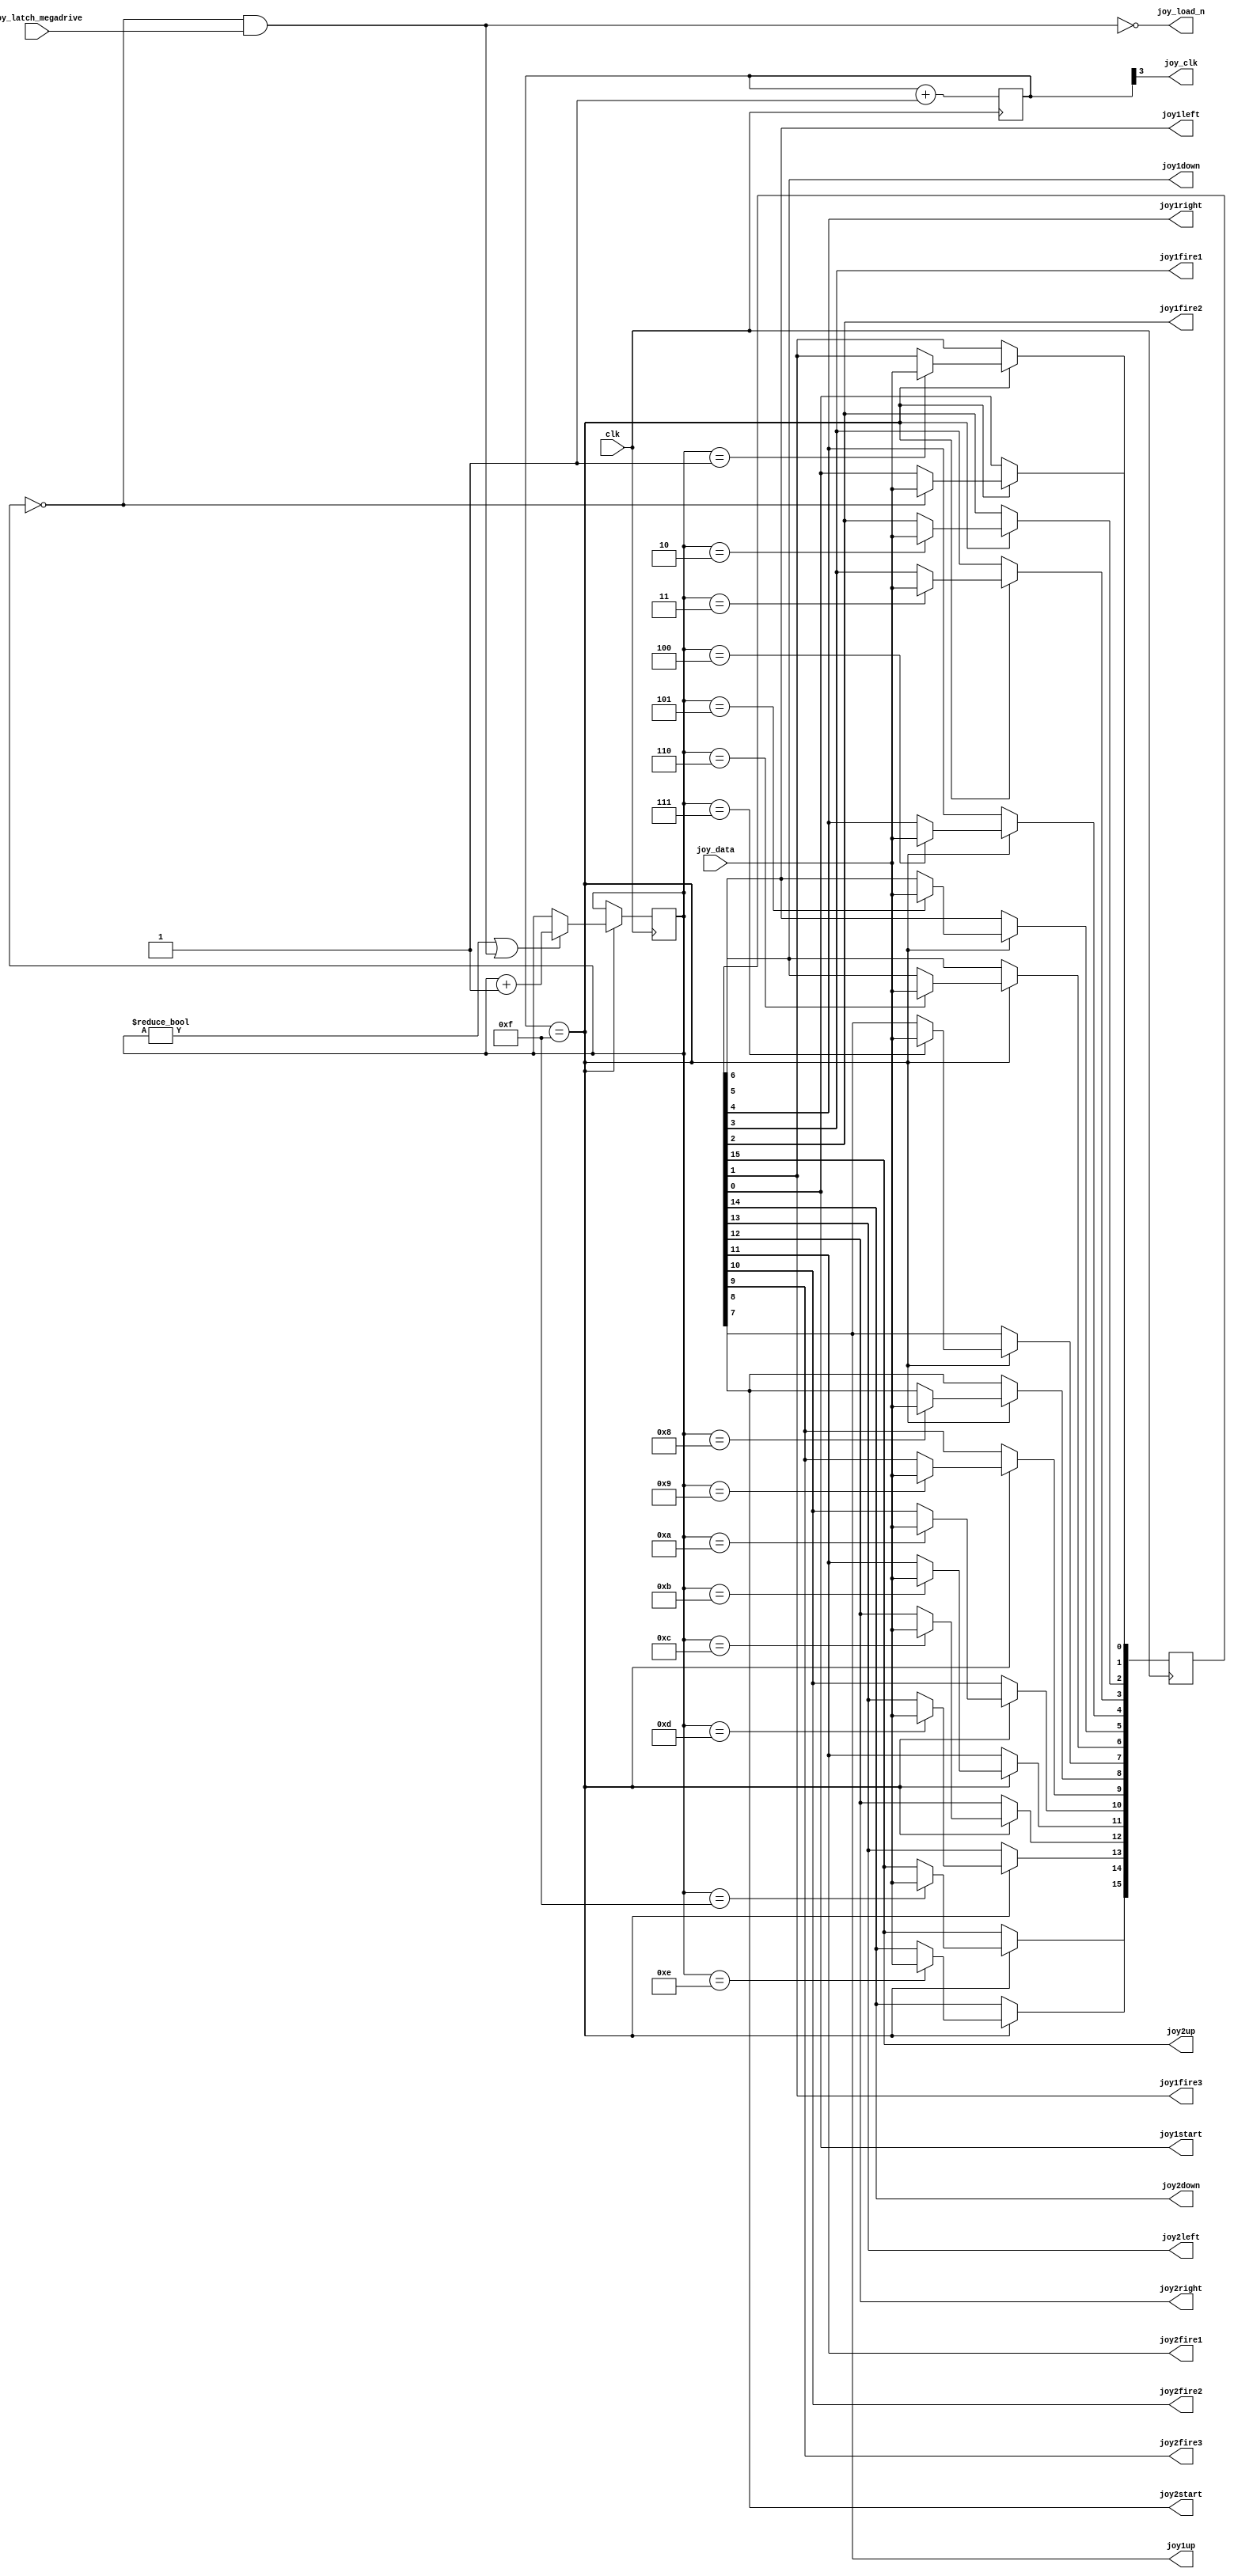
`timescale 1ns / 1ps
//`default_nettype none

//    This file is part of the ZXUNO Spectrum core. 
//    Creation date is 09:00:25 2018-07-20 by Miguel Angel Rodriguez Jodar
//    (c)2014-2020 ZXUNO association.
//    ZXUNO official repository: http://svn.zxuno.com/svn/zxuno
//    Username: guest   Password: zxuno
//    Github repository for this core: https://github.com/mcleod-ideafix/zxuno_spectrum_core
//
//    ZXUNO Spectrum core is free software: you can redistribute it and/or modify
//    it under the terms of the GNU General Public License as published by
//    the Free Software Foundation, either version 3 of the License, or
//    (at your option) any later version.
//
//    ZXUNO Spectrum core is distributed in the hope that it will be useful,
//    but WITHOUT ANY WARRANTY; without even the implied warranty of
//    MERCHANTABILITY or FITNESS FOR A PARTICULAR PURPOSE.  See the
//    GNU General Public License for more details.
//
//    You should have received a copy of the GNU General Public License
//    along with the ZXUNO Spectrum core.  If not, see <https://www.gnu.org/licenses/>.
//
//    Any distributed copy of this file must keep this notice intact.

module joydecoder (
  input wire clk,
  input wire joy_data,
  input wire joy_latch_megadrive,
  output wire joy_clk,
  output wire joy_load_n,
  output wire joy1up,
  output wire joy1down,
  output wire joy1left,
  output wire joy1right,
  output wire joy1fire1,
  output wire joy1fire2,
  output wire joy1fire3,
  output wire joy1start,
  output wire joy2up,
  output wire joy2down,
  output wire joy2left,
  output wire joy2right,
  output wire joy2fire1,
  output wire joy2fire2,
  output wire joy2fire3,
  output wire joy2start  
  );
  
  reg [3:0] clkdivider = 4'h0;
  assign joy_clk = clkdivider[3];
  
  always @(posedge clk) begin
    clkdivider <= clkdivider + 4'h1;    
  end
  wire clkenable = (clkdivider == 4'd15);

  reg [15:0] joyswitches = 16'hFFFF;
  assign joy1up    = joyswitches[7];
  assign joy1down  = joyswitches[6];
  assign joy1left  = joyswitches[5];
  assign joy1right = joyswitches[4];
  assign joy1fire1 = joyswitches[3];
  assign joy1fire2 = joyswitches[2];
  assign joy1fire3 = joyswitches[1];
  assign joy1start = joyswitches[0];
  assign joy2up    = joyswitches[15];
  assign joy2down  = joyswitches[14];
  assign joy2left  = joyswitches[13];
  assign joy2right = joyswitches[12];
  assign joy2fire1 = joyswitches[11];
  assign joy2fire2 = joyswitches[10];
  assign joy2fire3 = joyswitches[9];
  assign joy2start = joyswitches[8];
  
  reg [3:0] state = 4'd0;
  assign joy_load_n = ~(state == 4'd0 && joy_latch_megadrive == 1'b1);
  
  always @(posedge clk) begin
    if (clkenable == 1'b1) begin
      if (state != 4'd0 || joy_load_n == 1'b0)
        state <= state + 4'd1;
      case (state)
        4'd0:  joyswitches[0]  <= joy_data;
        4'd1:  joyswitches[1]  <= joy_data;
        4'd2:  joyswitches[2]  <= joy_data;
        4'd3:  joyswitches[3]  <= joy_data;
        4'd4:  joyswitches[4]  <= joy_data;
        4'd5:  joyswitches[5]  <= joy_data;
        4'd6:  joyswitches[6]  <= joy_data;
        4'd7:  joyswitches[7]  <= joy_data;
        4'd8:  joyswitches[8]  <= joy_data;
        4'd9:  joyswitches[9]  <= joy_data;
        4'd10: joyswitches[10] <= joy_data;
        4'd11: joyswitches[11] <= joy_data;
        4'd12: joyswitches[12] <= joy_data;
        4'd13: joyswitches[13] <= joy_data;
        4'd14: joyswitches[14] <= joy_data;
        4'd15: joyswitches[15] <= joy_data;
      endcase
    end    
  end
endmodule

//`default_nettype wire